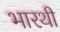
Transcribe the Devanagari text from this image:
भारथी